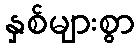
နှစ်များစွာ